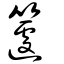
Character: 籧